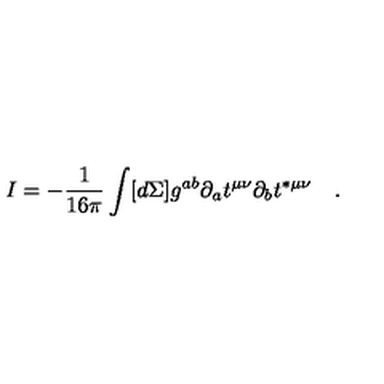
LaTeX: I = - \frac { 1 } { 1 6 \pi } \int [ d \Sigma ] g ^ { a b } \partial _ { a } t ^ { \mu \nu } \partial _ { b } t ^ { * \mu \nu } \quad .